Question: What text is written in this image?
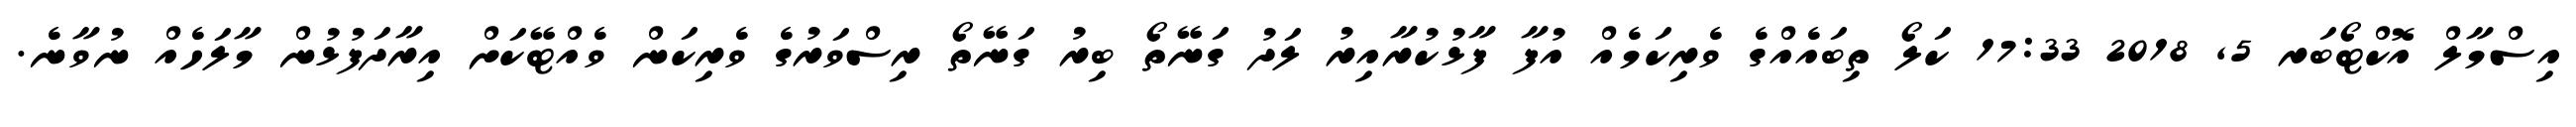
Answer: އިސްމާލް އޮކްޓޯބަރ 5, 2018 17:33 ކަލޯ ތިބައެއްގެ ވެރިކަމެއް އުފާ ފާޅުކުރާއިރު ލަދު ގަނޭތޯ ބިރު ގަނޭތޯ ރިސްވަރުގެ ވެރިކަން ވެއްޓޭކަށް އިރާދަފުޅުން މާލަހެއް ނުވާނެ.